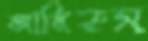
আমিরুস